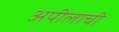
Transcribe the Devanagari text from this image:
अपीलाची